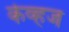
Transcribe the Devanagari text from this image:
केव्हज